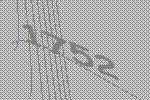
1752